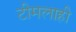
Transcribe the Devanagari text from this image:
टीमलाही